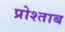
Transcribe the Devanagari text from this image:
प्रोश्ताब